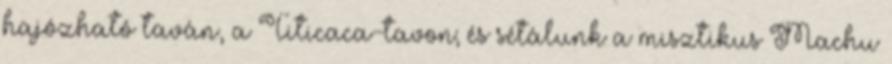
hajózható taván, a Titicaca-tavon; és sétálunk a misztikus Machu